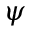
\psi